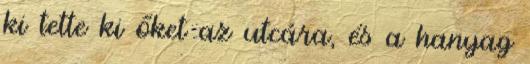
ki tette ki őket az utcára, és a hanyag